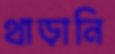
থাড়ানি